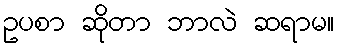
ဥပစာ ဆိုတာ ဘာလဲ ဆရာမ။